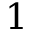
1